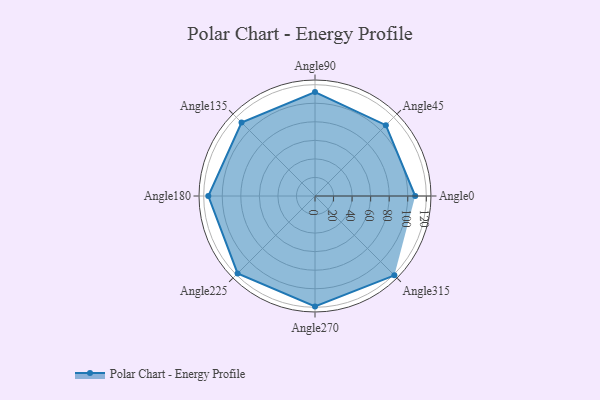
{"axis": {"x": "Angle", "y": "Radius"}, "legend": [""], "data": [{"x": "Angle0", "y": 108.0, "type": ""}, {"x": "Angle45", "y": 108.0, "type": ""}, {"x": "Angle90", "y": 112.0, "type": ""}, {"x": "Angle135", "y": 112.0, "type": ""}, {"x": "Angle180", "y": 115.0, "type": ""}, {"x": "Angle225", "y": 118.0, "type": ""}, {"x": "Angle270", "y": 119.0, "type": ""}, {"x": "Angle315", "y": 121.0, "type": ""}]}